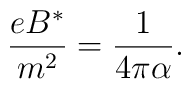
\frac {e B^*} { m^2} = \frac {1} {4 \pi \alpha}.